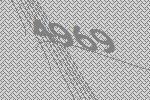
4969